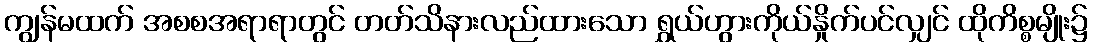
ကျွန်မထက် အစစအရာရာတွင် တတ်သိနားလည်ထားသော ရွှယ်ဟွားကိုယ်နှိုက်ပင်လျှင် ထိုကိစ္စမျိုး၌